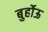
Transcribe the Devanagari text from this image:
बुर्होऊ